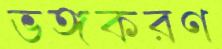
ভঙ্গকরণ